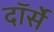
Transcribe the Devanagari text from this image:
दॉर्से